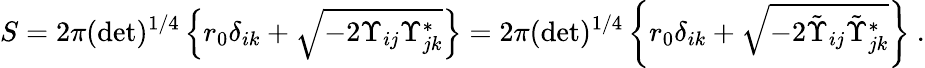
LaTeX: S=2\pi(\operatorname*{det})^{1/4}\left\{ r_{0}\delta_{ik}+\sqrt{-2\Upsilon_{ij}\Upsilon_{jk}^{*}}\right\} =2\pi(\operatorname*{det})^{1/4}\left\{ r_{0}\delta_{ik}+\sqrt{-2\tilde{\Upsilon}_{ij}\tilde{\Upsilon}_{jk}^{*}}\right\} \ .